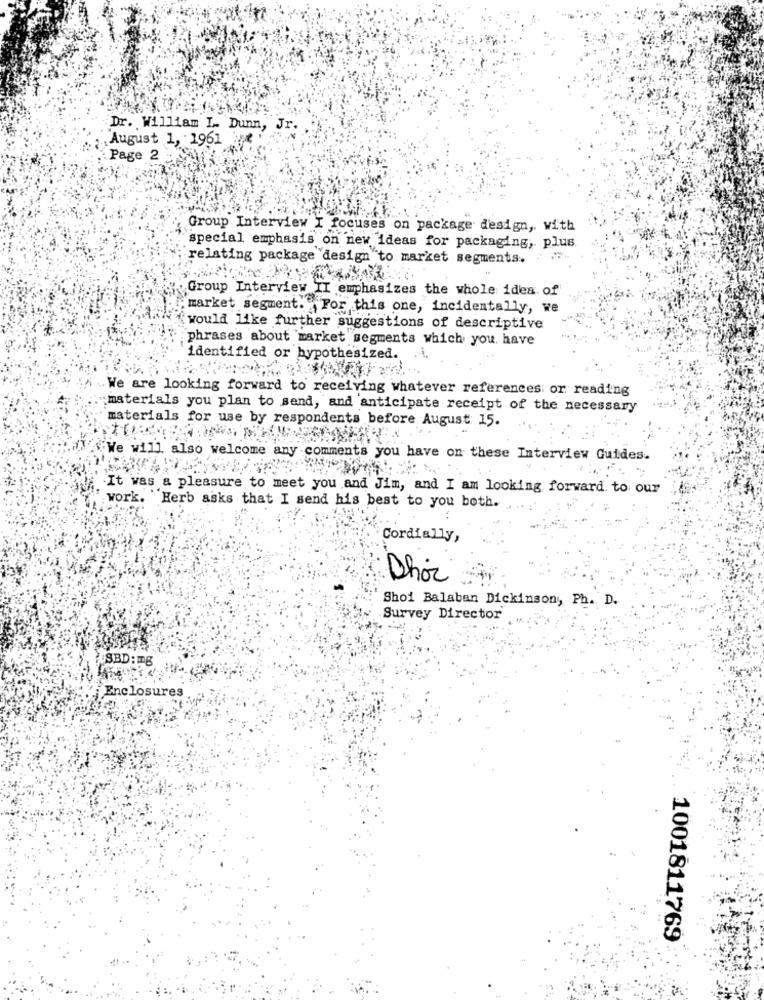
Dr. William I .. Dunn, Jr.
August 1, 1961
ine
Page 2
Group Interview I focuses on package design, with
special emphasis on new ideas for packaging, plus
relating package design to market segments.
Group Interview IT emphasizes the whole idea of
market segment. For this one, incidentally, we
would like further suggestions of descriptive
phrases about market segments which you. have
identified or hypothesized.
We are looking forward to receiving whatever references or reading
materials you plan to send, and anticipate receipt of the necessary
materials for use by respondents before August: 15.
"We will also welcome any comments you have on these Interview Guides.
.It was a pleasure to meet you and Jim, and I am looking forward to our
work. Herb asks that I send his best to you both.
Cordially,
Shoi Balaban Dickinson, Ph. D.
Survey Director
SBD: TE
Enclosures
1001811769